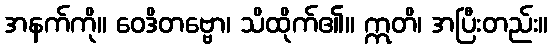
အနက်ကို။ ဝေဒိတဗ္ဗော၊ သိထိုက်၏။ ဣတိ၊ အပြီးတည်း။